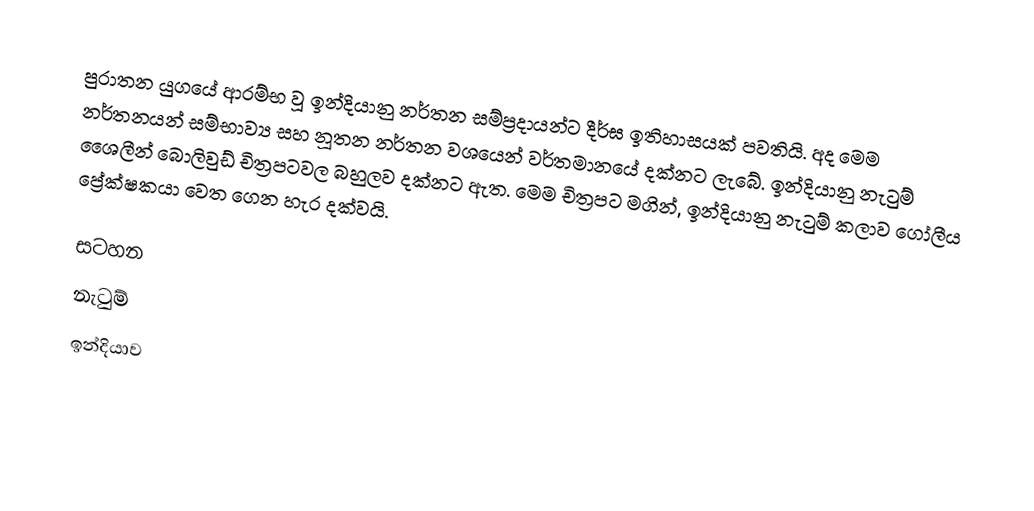
පුරාතන යුගයේ ආරම්භ වූ ඉන්දියානු නර්තන සම්ප්‍රදායන්ට දීර්ඝ ඉතිහාසයක් පවතියි. අද මෙම නර්තනයන් සම්භාව්‍ය සහ නූතන නර්තන වශයෙන් වර්තමානයේ දක්නට ලැබේ. ඉන්දියානු නැටුම් ශෛලීන් බොලිවුඩ් චිත්‍රපටවල බහුලව දක්නට ඇත. මෙම චිත්‍රපට මගින්, ඉන්දියානු නැටුම් කලාව ගෝලීය ප්‍රේක්ෂකයා වෙත ගෙන හැර දක්වයි.

සටහන
නැටුම්
ඉන්දියාව